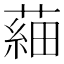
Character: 𦹀